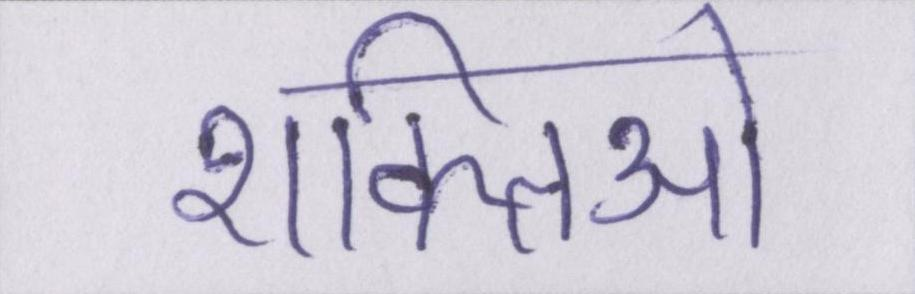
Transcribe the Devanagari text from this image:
शक्तिओ